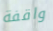
واقفة